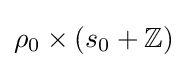
\rho _{0}\times (s_{0}+\mathbb {Z} )